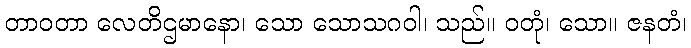
တာဝတာ လေတိဌမာနော၊ သော သောသဂဝါ၊ သည်။ ဝတုံ၊ သော။ ဇနတံ၊